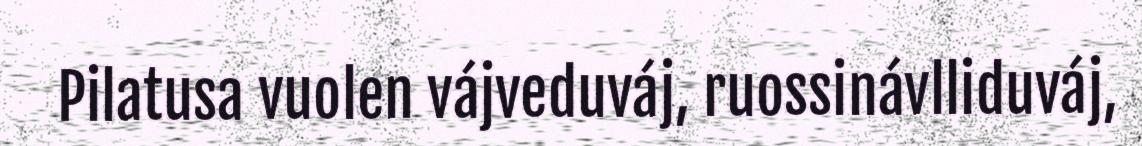
Pilatusa vuolen vájveduváj, ruossinávlliduváj,